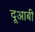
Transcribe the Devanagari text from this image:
दूआबी